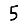
Digit: 5